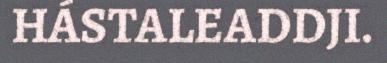
HÁSTALEADDJI.